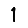
Digit: 1